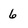
Character: 6